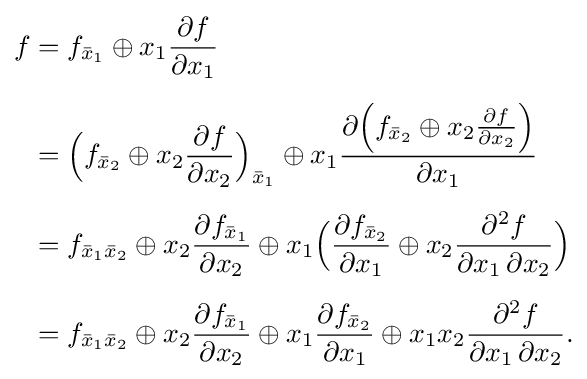
{\begin{aligned}f&=f_{{\bar {x}}_{1}}\oplus x_{1}{\partial f \over \partial x_{1}}\\[5pt]&={\Big (}f_{{\bar {x}}_{2}}\oplus x_{2}{\partial f \over \partial x_{2}}{\Big )}_{{\bar {x}}_{1}}\oplus x_{1}{\partial {\Big (}f_{{\bar {x}}_{2}}\oplus x_{2}{\partial f \over \partial x_{2}}{\Big )} \over \partial x_{1}}\\[5pt]&=f_{{\bar {x}}_{1}{\bar {x}}_{2}}\oplus x_{2}{\partial f_{{\bar {x}}_{1}} \over \partial x_{2}}\oplus x_{1}{\Big (}{\partial f_{{\bar {x}}_{2}} \over \partial x_{1}}\oplus x_{2}{\partial ^{2}f \over \partial x_{1}\,\partial x_{2}}{\Big )}\\[5pt]&=f_{{\bar {x}}_{1}{\bar {x}}_{2}}\oplus x_{2}{\partial f_{{\bar {x}}_{1}} \over \partial x_{2}}\oplus x_{1}{\partial f_{{\bar {x}}_{2}} \over \partial x_{1}}\oplus x_{1}x_{2}{\partial ^{2}f \over \partial x_{1}\,\partial x_{2}}.\end{aligned}}